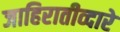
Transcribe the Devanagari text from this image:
जाहिरातीव्दारे